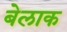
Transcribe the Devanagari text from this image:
बेलाक